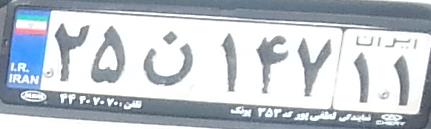
۲۵ن۱۴۷۱۱